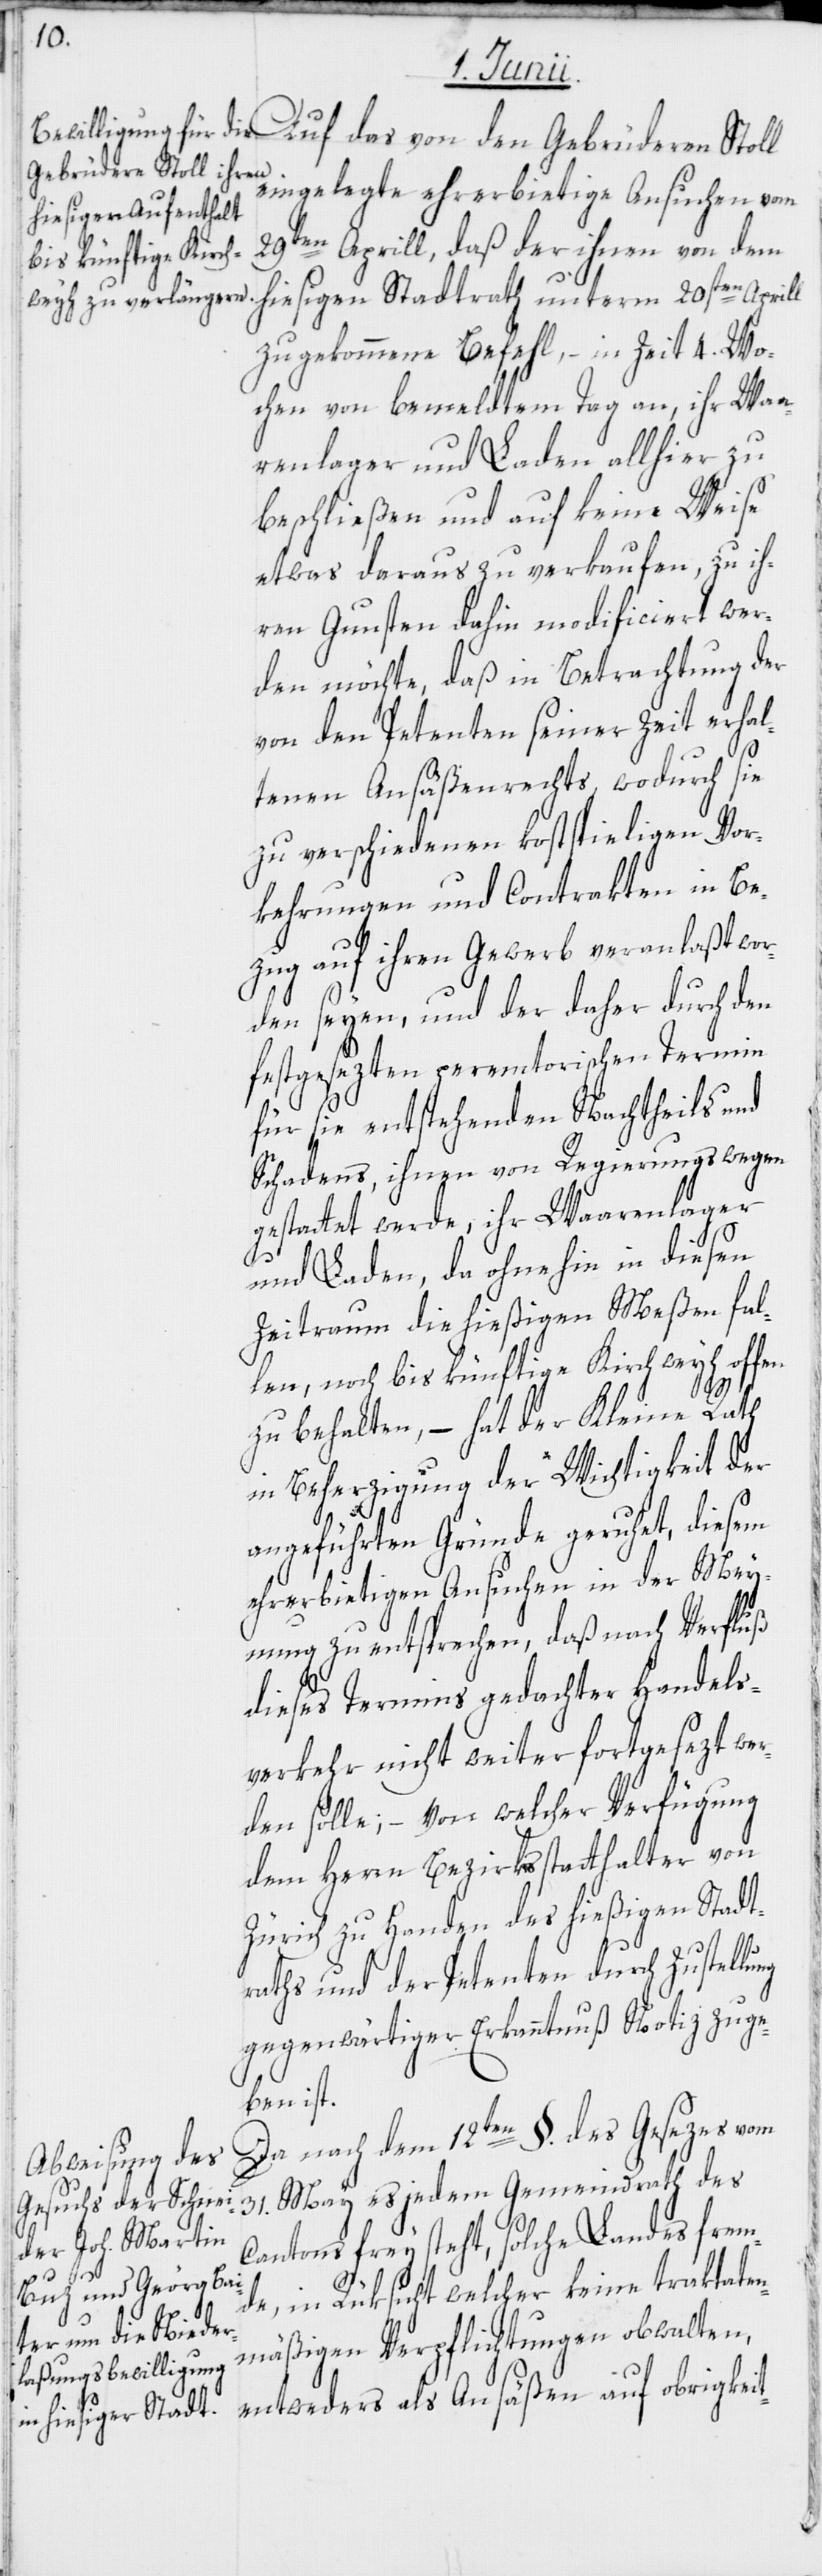
Auf das von den Gebrüderen Stoll
eingelegte ehrerbietige Ansuchen vom
29ten Aprill, daß der ihnen von dem
hiesigen Stadtrath unterm 20sten Aprill
zugekommene Befehl, – in Zeit 4. Wo¬
chen von bemeldtem Tag an, ihr Waa¬
renlager und Laden allhier zu
beschließen und auf keine Weise
etwas daraus zu verkaufen, zu ih¬
ren Gunsten dahin modificiert wer¬
den möchte, daß in Betrachtung der
von den Petenten seiner Zeit erhal¬
tenen Ansäßenrechts, wodurch sie
zu verschiedenen kostspieligen Vor¬
kehrungen und Contrakten in Be¬
zug auf ihren Gewerb veranlaßt wor¬
den seyen, und der daher durch den
festgesezten peremtorischen Termin
für sie entstehenden Nachtheils und
Schadens, ihnen von Regierungs wegen
gestattet werde, ihr Waarenlager
und Laden, da ohnehin in diesen
Zeitraum die hießigen Meßen fal¬
len, noch bis künftige Kirchweyh offen
ng
zu behalten, – hat der Kleine Rath
in Beherzigung der Wichtigkeit der
angeführten Gründe geruhet, diesem
ehrerbietigen Ansuchen in der Mey¬
nung zu entsprechen, daß nach Verfluß
dieses Termins gedachter Handels¬
verkehr nicht weiter fortgesezt wer¬
den solle; – von welcher Verfügung
dem Herrn Bezirksstatthalter von
Zürich zu Handen des hießigen Stadt¬
raths und der Petenten durch Zustellu¬
gegenwärtiger Erkanntnuß Notiz zu ge¬
ben ist.
Da nach dem 12ten §. des Gesezes vom
31. May es jedem Gemeindrath des
Cantons frey steht, solche Landesfrem¬
de, in Rüksicht welcher keine traktaten¬
mäßigen Verpflichtungen obwalten,
entweders als Ansäßen auf obrigkeit-